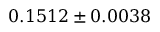
0 . 1 5 1 2 \pm 0 . 0 0 3 8